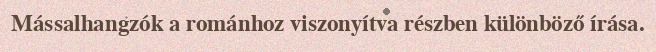
Mássalhangzók a románhoz viszonyítva részben különböző írása.